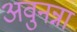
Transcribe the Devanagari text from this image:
अवुनन्ना